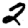
Digit: 2